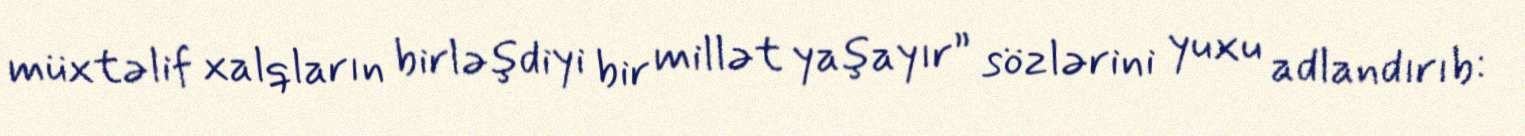
müxtəlif xalqların birləşdiyi bir millət yaşayır” sözlərini yuxu adlandırıb: